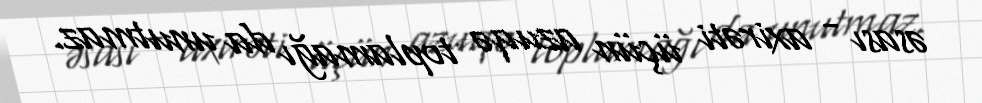
əsası - axirəti üçün azuqə toplamağı da unutmaz.